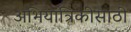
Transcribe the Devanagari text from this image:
अभियांत्रिकीसाठी